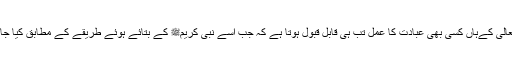
اللہ تعالی کےہاں کسی بھی عبادت کا عمل تب ہی قابل قبول ہوتا ہے کہ جب اسے نبی کریمﷺ کے بتائے ہوئے طریقے کے مطابق کیا جائے ۔